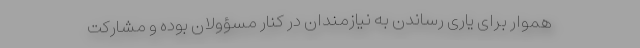
هموار برای یاری رساندن به نیازمندان در کنار مسؤولان بوده و مشارکت